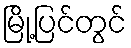
မြို့ပြင်တွင်